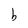
Character: b